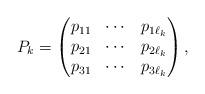
LaTeX: \begin{align*}P_k=\begin{pmatrix} p_{11} & \cdots & p_{1\ell_k} \\ p_{21} & \cdots & p_{2\ell_k} \\ p_{31} & \cdots & p_{3\ell_k} \end{pmatrix},\end{align*}